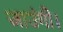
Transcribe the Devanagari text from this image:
जाउंगी।